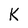
Character: k